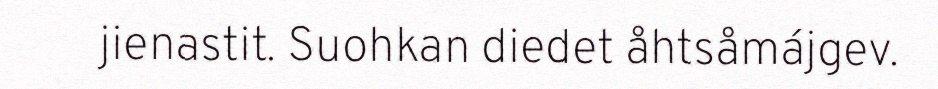
jienastit. Suohkan diedet åhtsåmájgev.